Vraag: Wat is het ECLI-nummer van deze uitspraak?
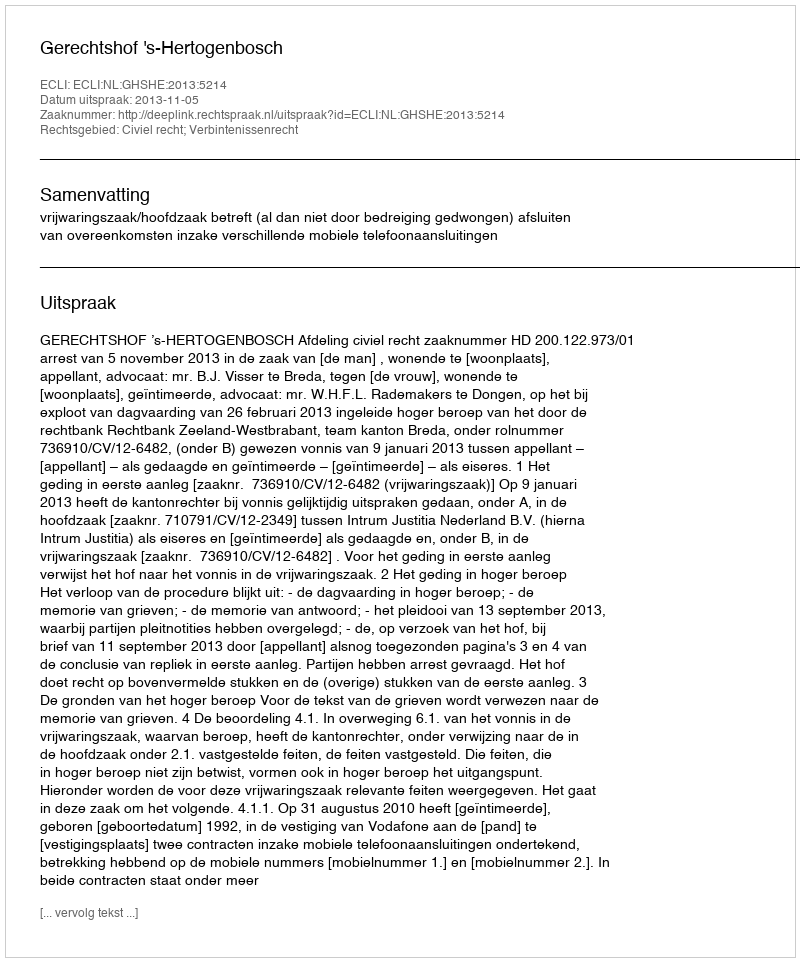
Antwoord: ECLI:NL:GHSHE:2013:5214